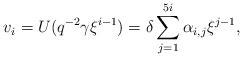
LaTeX: \begin{align*}v_i=U(q^{-2}\gamma\xi^{i-1})=\delta\sum_{j=1}^{5i}\alpha_{i,j}\xi^{j-1},\end{align*}